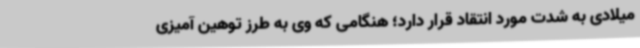
میلادی به شدت مورد انتقاد قرار دارد؛ هنگامی که وی به طرز توهین آمیزی